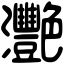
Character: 灧